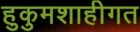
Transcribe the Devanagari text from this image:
हुकुमशाहीगत